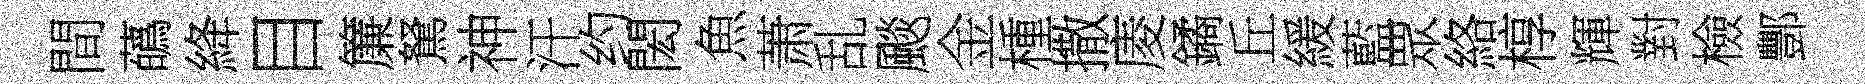
間蘤絳目簾駑神汗约閎魚萧乱颷金㮔撒庱鐍丘緩藍眾絡椁輝對檢酆